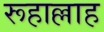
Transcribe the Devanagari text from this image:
रूहाल्लाह